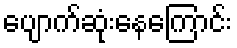
ပျောက်ဆုံးနေကြောင်း